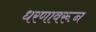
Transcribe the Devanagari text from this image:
धरणावरून